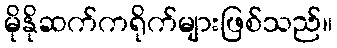
မိုနိုဆက်ကရိုက်များဖြစ်သည်။